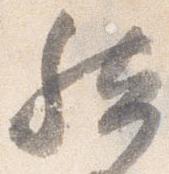
然